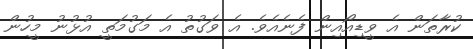
ކުރާތަން އެ ވީޑިއޯއިން ފެނެއެވެ. އެ ވަގުތު އެ މަގުމަތީ އުޅުނު މީހުން